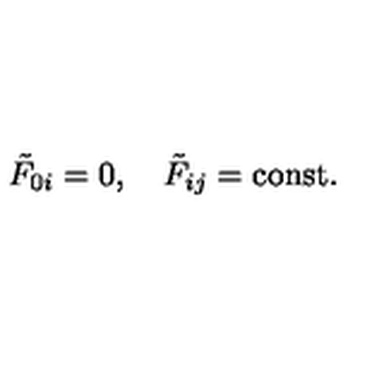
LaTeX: \tilde { F } _ { 0 i } = 0 , \quad \tilde { F } _ { i j } = \mathrm { c o n s t . }